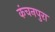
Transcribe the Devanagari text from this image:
कंचनपुरा